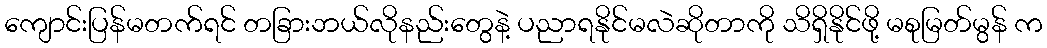
ကျောင်းပြန်မတက်ရင် တခြားဘယ်လိုနည်းတွေနဲ့ ပညာရနိုင်မလဲဆိုတာကို သိရှိနိုင်ဖို့ မစုမြတ်မွန် က